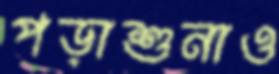
পড়াশুনাও